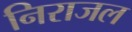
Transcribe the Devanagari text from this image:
निराजल